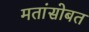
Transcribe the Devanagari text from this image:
मतांसोबत